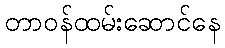
တာဝန်ထမ်းဆောင်နေ